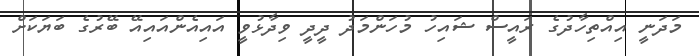
މަދަނީ އިއްތިހާދުގެ ރައީސް ޝައިހު މުހަންމަދު ދީދީ ވިދާޅުވީ އައިއެންއައިއޭ ބޭރުގެ ބަޔަކަށް